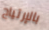
بالإرتياح